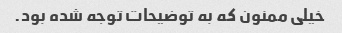
خیلی ممنون که به توضیحات توجه شده بود.